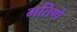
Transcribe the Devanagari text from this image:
गतिणे